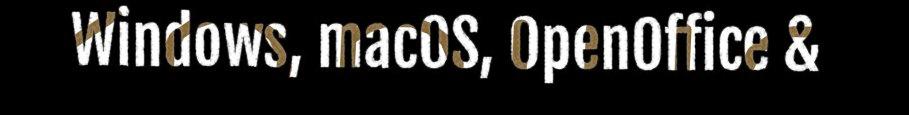
Windows, macOS, OpenOffice &